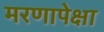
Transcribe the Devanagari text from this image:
मरणापेक्षा